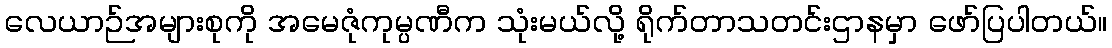
လေယာဉ်အများစုကို အမေဇုံကုမ္ပဏီက သုံးမယ်လို့ ရိုက်တာသတင်းဌာနမှာ ဖော်ပြပါတယ်။